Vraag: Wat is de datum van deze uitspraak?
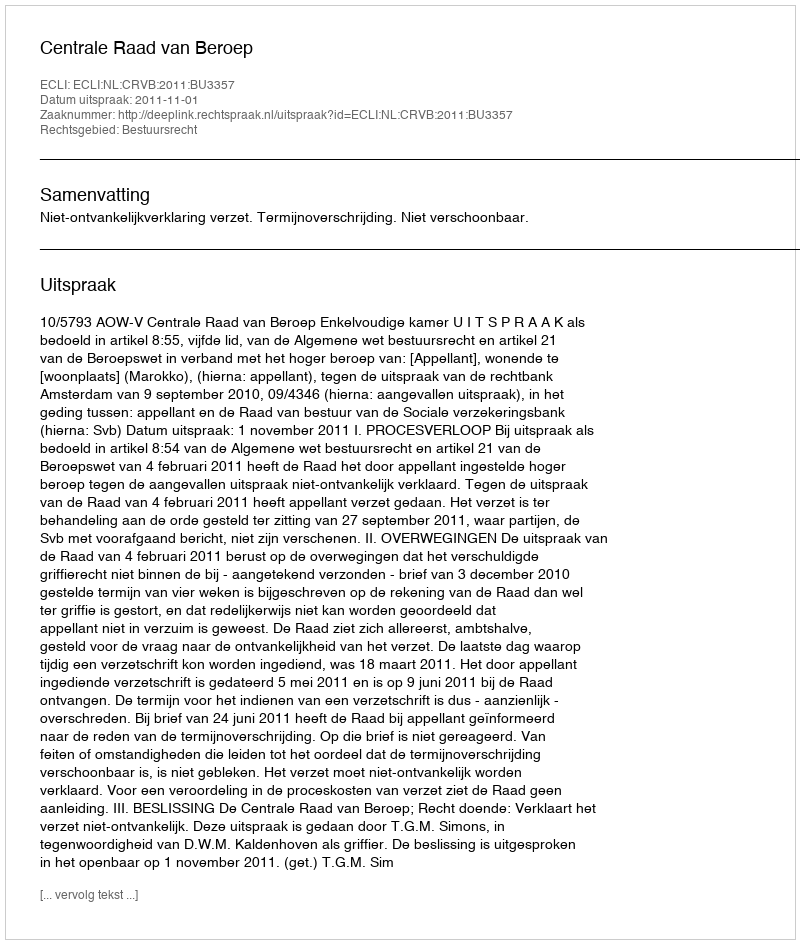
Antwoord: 2011-11-01